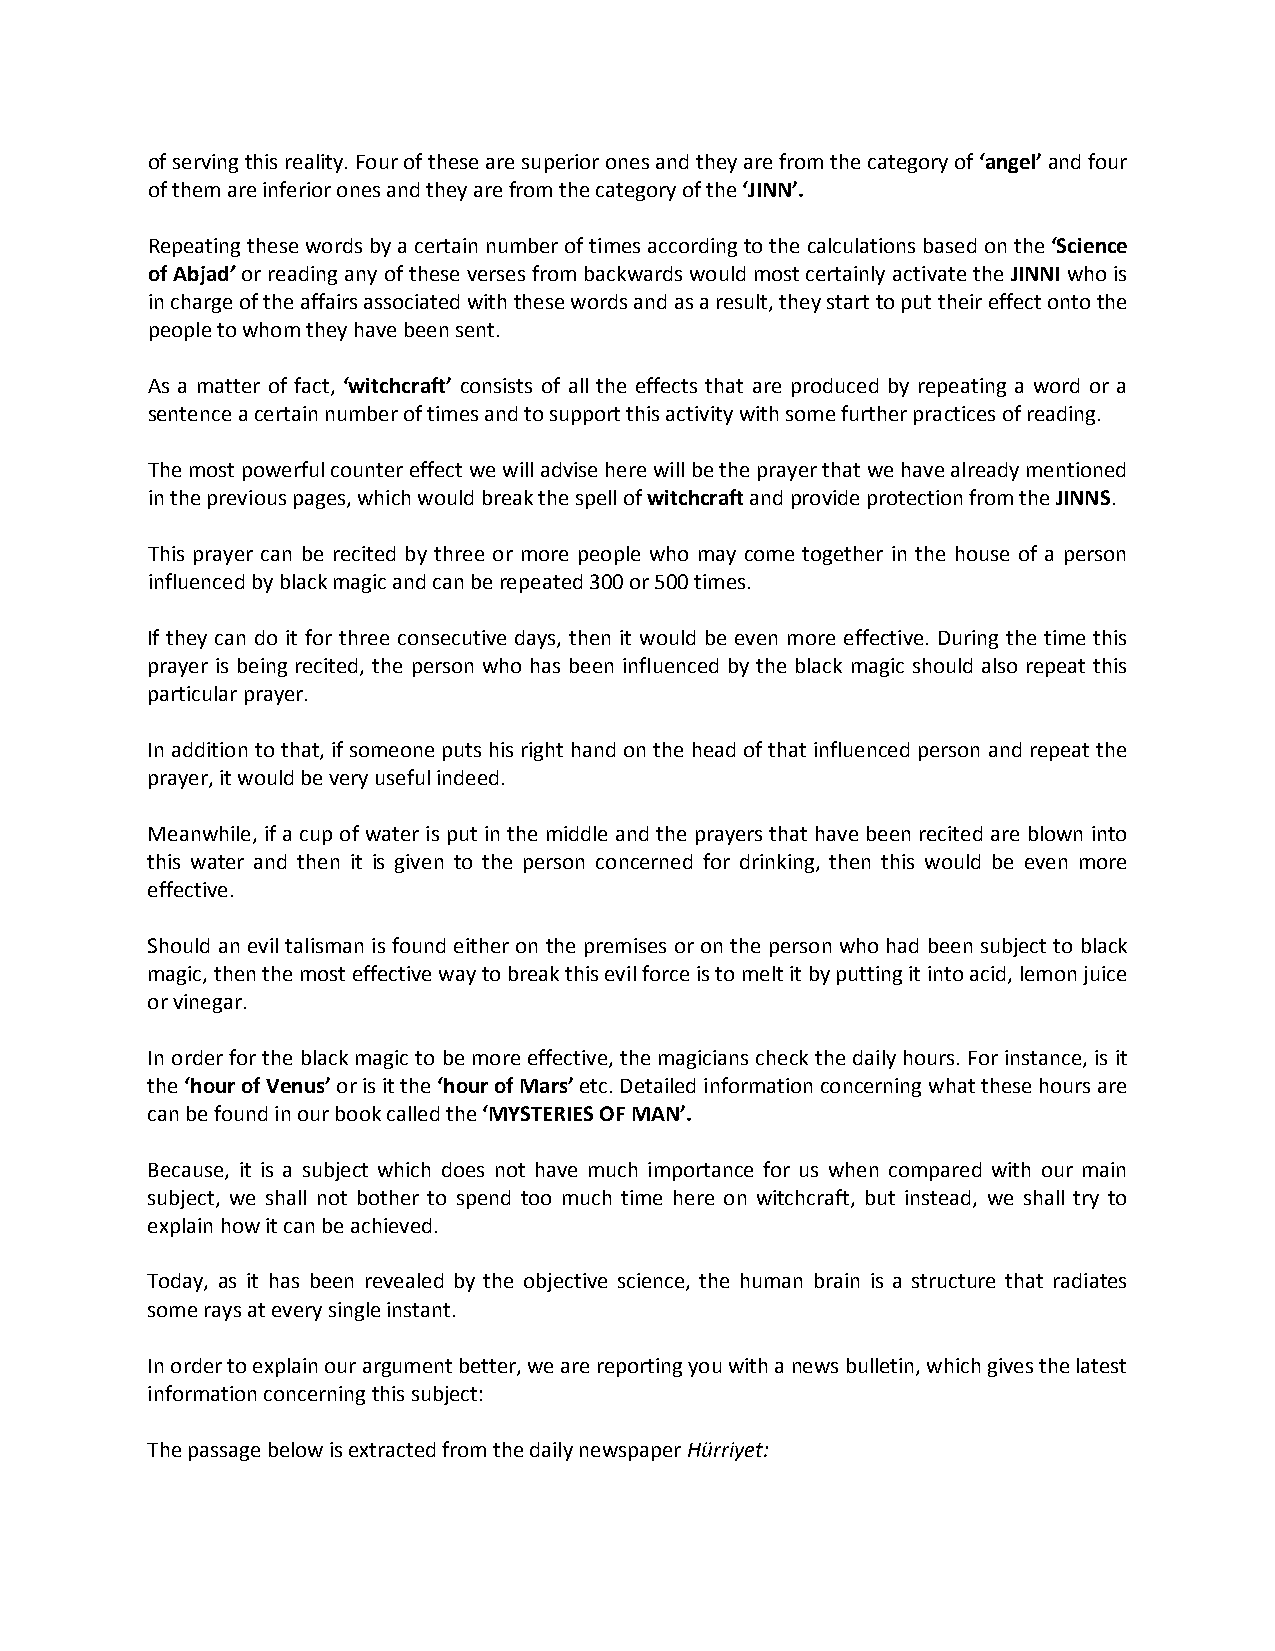
of serving this reality. Four of these are superior ones and they are from the category of ‘angel’ and four
 of them are inferior ones and they are from the category of the ‘JINN’.
 Repeating these words by a certain number of times according to the calculations based on the ‘Science
 of Abjad’ or reading any of these verses from backwards would most certainly activate the JINNI who is
 in charge of the affairs associated with these words and as a result, they start to put their effect onto the
 people to whom they have been sent.
 As a matter of fact, ‘witchcraft’ consists of all the effects that are produced by repeating a word or a
 sentence a certain number of times and to support this activity with some further practices of reading.
 The most powerful counter effect we will advise here will be the prayer that we have already mentioned
 in the previous pages, which would break the spell of witchcraft and provide protection from the JINNS.
 This prayer can be recited by three or more people who may come together in the house of a person
 influenced by black magic and can be repeated 300 or 500 times.
 If they can do it for three consecutive days, then it would be even more effective. During the time this
 prayer is being recited, the person who has been influenced by the black magic should also repeat this
 particular prayer.
 In addition to that, if someone puts his right hand on the head of that influenced person and repeat the
 prayer, it would be very useful indeed.
 Meanwhile, if a cup of water is put in the middle and the prayers that have been recited are blown into
 this water and then it is given to the person concerned for drinking, then this would be even more
 effective.
 Should an evil talisman is found either on the premises or on the person who had been subject to black
 magic, then the most effective way to break this evil force is to melt it by putting it into acid, lemon juice
 or vinegar.
 In order for the black magic to be more effective, the magicians check the daily hours. For instance, is it
 the ‘hour of Venus’ or is it the ‘hour of Mars’ etc. Detailed information concerning what these hours are
 can be found in our book called the ‘MYSTERIES OF MAN’.
 Because, it is a subject which does not have much importance for us when compared with our main
 subject, we shall not bother to spend too much time here on witchcraft, but instead, we shall try to
 explain how it can be achieved.
 Today, as it has been revealed by the objective science, the human brain is a structure that radiates
 some rays at every single instant.
 In order to explain our argument better, we are reporting you with a news bulletin, which gives the latest
 information concerning this subject:
 The passage below is extracted from the daily newspaper Hürriyet: